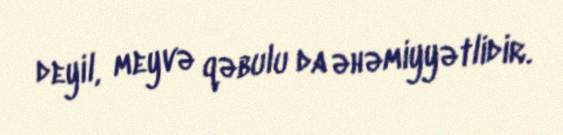
deyil, meyvə qəbulu da əhəmiyyətlidir.